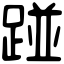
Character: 踫